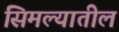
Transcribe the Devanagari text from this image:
सिमल्यातील